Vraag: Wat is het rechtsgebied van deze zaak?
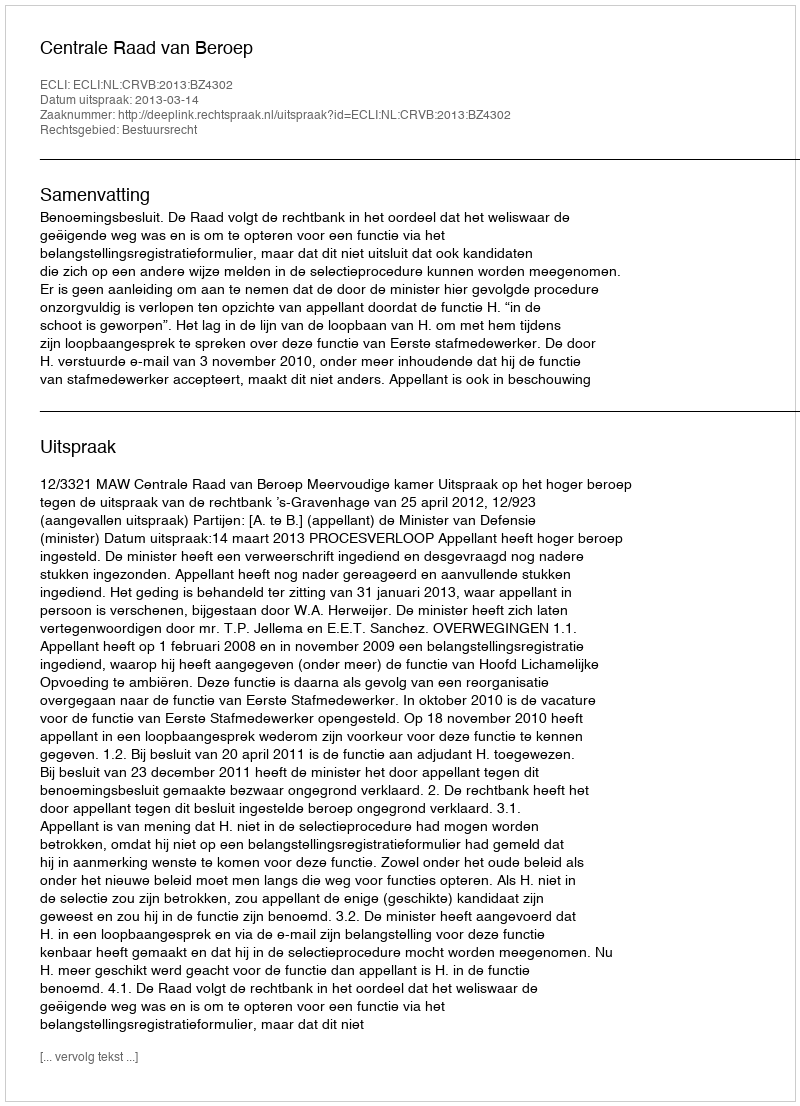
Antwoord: Bestuursrecht